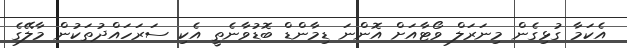
އެކަމާ ގުޅިގެން މިނަރަލް ވޯޓާއަށް އޮންނަ ޑިމާންޑް ބޮޑުވާނެތީ އެކި ސަރަހައްދުތަކުން މާލޭގެ